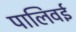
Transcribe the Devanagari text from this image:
पालिवई